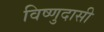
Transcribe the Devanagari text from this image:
विष्णुदासी